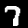
Label: 7